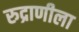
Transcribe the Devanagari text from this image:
रुद्राणीला